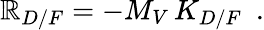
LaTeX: \mathbb{R}_{D/F}=-M_{V}\, K_{D/F}\, \, \, .